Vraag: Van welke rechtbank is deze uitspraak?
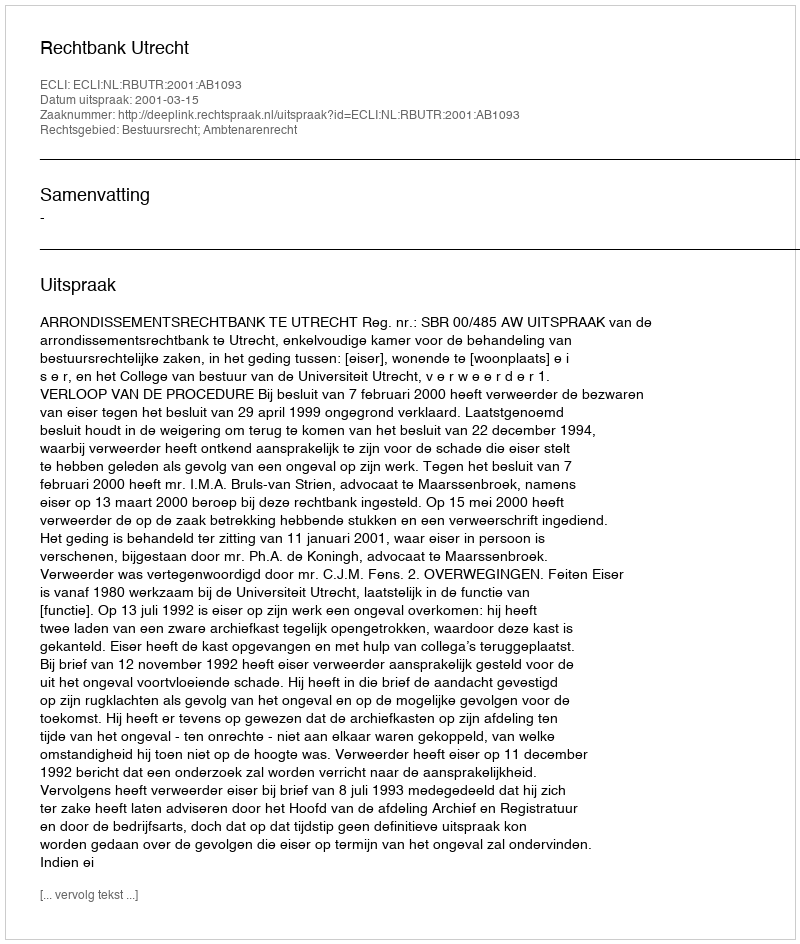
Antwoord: Rechtbank Utrecht